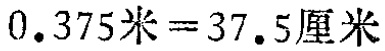
\(0.375米=37.5厘米\)